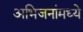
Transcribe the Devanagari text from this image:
अभिजनांमध्ये